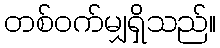
တစ်ဝက်မျှရှိသည်။